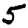
Digit: 5